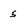
Character: 5